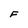
Character: F